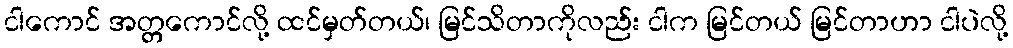
ငါကောင် အတ္တကောင်လို့ ထင်မှတ်တယ်၊ မြင်သိတာကိုလည်း ငါက မြင်တယ် မြင်တာဟာ ငါပဲလို့